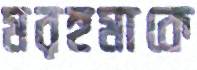
মরহুমাকে